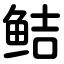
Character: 鲒